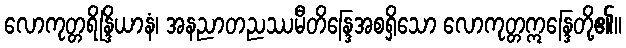
လောကုတ္တရိန္ဒြိယာနံ၊ အနညာတညဿမီတိန္ဒြေအစရှိသော လောကုတ္တဣန္ဒြေတို့၏။